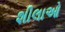
શીલાઓ